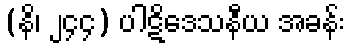
(နိ၊ ၂၄၄) ပါဋိဒေသနီယ အခန်း